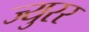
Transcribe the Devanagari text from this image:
ज्युरर